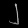
Digit: ၂